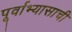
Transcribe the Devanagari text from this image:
पूर्वाभ्यासाची